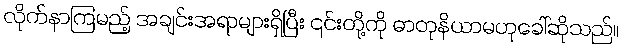
လိုက်နာကြမည့် အချင်းအရာများရှိပြီး ၎င်းတို့ကို ဓာတုနိယာမဟုခေါ်ဆိုသည်။